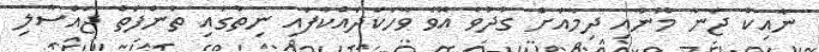
ނާއިކް ޖަނާ މޫނާއި ދިމާއަށް ގުދުވެ އޮވެ ވާހަކަދައްކާފައި ނިތުގައި ތުންފަތް ޖައްސާލި